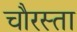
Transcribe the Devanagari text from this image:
चौरस्ता